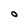
Character: o